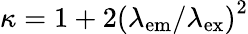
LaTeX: \kappa=1+2\left(\lambda_{\mathrm{em}}/\lambda_{\mathrm{ex}}\right)^{2}